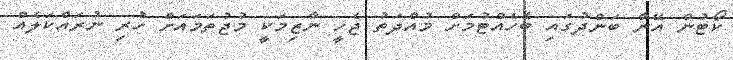
ކޯޓުން އޭނާ ބަންދުގައި ބެހެއްޓުމަށް މުއްދަތު ޖެހީ ނާޒިމަކީ މުޖުތަމައަށް ހުރި ނުރައްކަލެއް